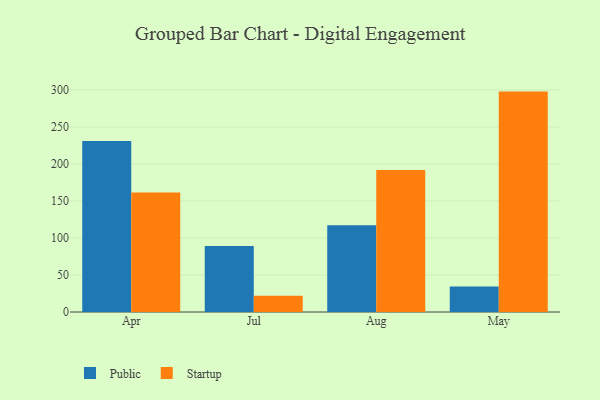
{"axis": {"x": "Month", "y": "Inventory Turnover"}, "legend": ["Public", "Startup"], "data": [{"x": "Apr", "y": 231.2, "type": "Public"}, {"x": "Apr", "y": 161.6, "type": "Startup"}, {"x": "Jul", "y": 89.1, "type": "Public"}, {"x": "Jul", "y": 22.1, "type": "Startup"}, {"x": "Aug", "y": 117.3, "type": "Public"}, {"x": "Aug", "y": 191.8, "type": "Startup"}, {"x": "May", "y": 34.3, "type": "Public"}, {"x": "May", "y": 297.8, "type": "Startup"}]}